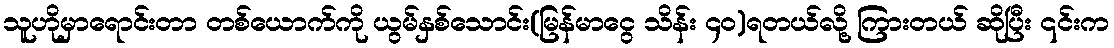
သူဟိုမှာရောင်းတာ တစ်ယောက်ကို ယွမ်နှစ်သောင်း(မြန်မာငွေ သိန်း ၄ဝ)ရတယ်လို့ ကြားတယ် ဆိုပြီး ၎င်းက